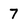
Character: 7